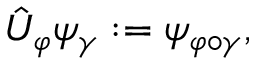
{ \hat { U } } _ { \varphi } \psi _ { \gamma } : = \psi _ { \varphi \circ \gamma } ,